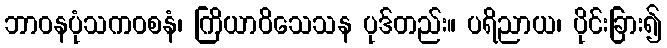
ဘာဝနပုံသကဝစနံ၊ ကြိယာဝိသေသန ပုဒ်တည်း။ ပရိညာယ၊ ပိုင်းခြား၍